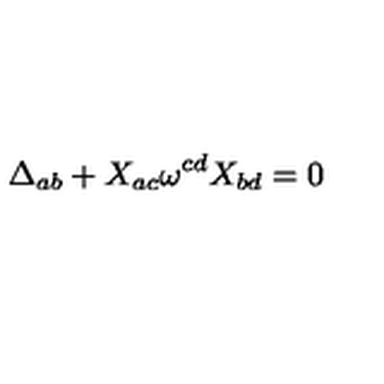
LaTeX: \Delta _ { a b } + X _ { a c } \omega ^ { c d } X _ { b d } = 0